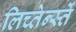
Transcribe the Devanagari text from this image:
लिच्तेन्स्तें